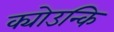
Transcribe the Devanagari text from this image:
क्योउन्कि